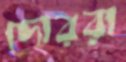
দোররা